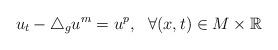
LaTeX: \begin{align*} u_t-\triangle_g u^m=u^{p}, \ \ \forall(x,t)\in M\times{\mathbb{R}} \end{align*}